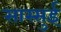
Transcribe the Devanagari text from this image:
सास्सुई